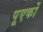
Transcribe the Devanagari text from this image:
पूएर्को